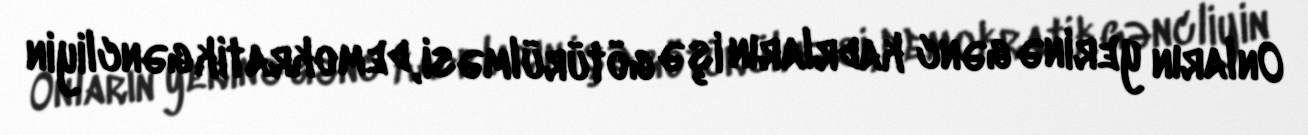
Onların yerinə gənc kadrların işə götürülməsi, demokratik gəncliyin